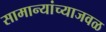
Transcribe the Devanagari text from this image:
सामान्यांच्याजवळ